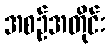
အစဉ်အတိုင်း